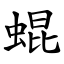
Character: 蜫